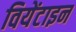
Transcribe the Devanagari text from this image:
वियेंटाइन